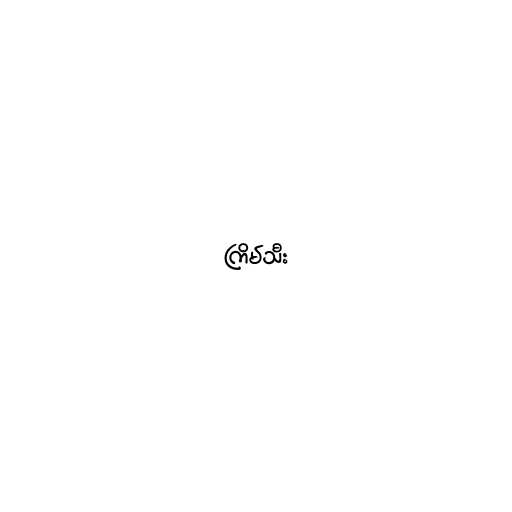
ကြိမ်သီး